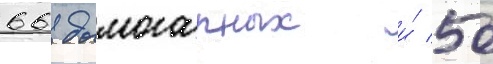
66 дымогарных и́ 50